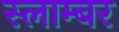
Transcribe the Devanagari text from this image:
स्लाम्बर